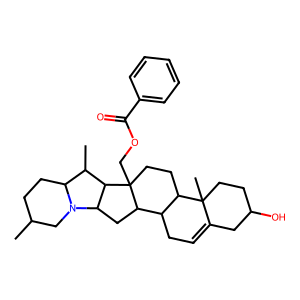
SMILES: CC1CCC2C(C)C3C(CC4C5CC=C6CC(O)CCC6(C)C5CCC43COC(=O)c3ccccc3)N2C1
Inhibits HIV replication: No